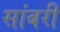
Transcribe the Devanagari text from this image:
सांबरी